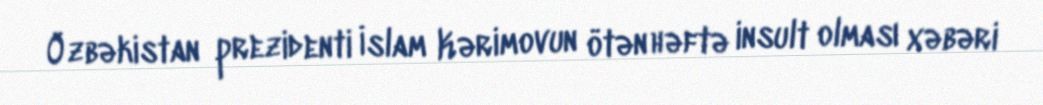
Özbəkistan prezidenti İslam Kərimovun ötən həftə insult olması xəbəri